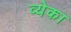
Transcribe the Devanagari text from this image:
व्येका